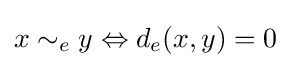
x\sim _{e}y\Leftrightarrow d_{e}(x,y)=0